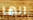
انها